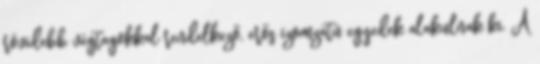
rövidebb végtagokkal rendelkező, erős izomzatú egyedek alakulnak ki. A